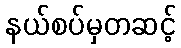
နယ်စပ်မှတဆင့်